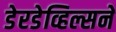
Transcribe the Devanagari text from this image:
डेरडेव्हिल्सने